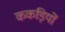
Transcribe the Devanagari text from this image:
ककड़ियों